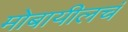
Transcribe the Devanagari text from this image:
मोबायीलचं